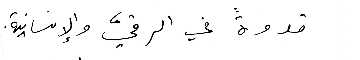
قدوةً في الرقيّ والإنسانية.